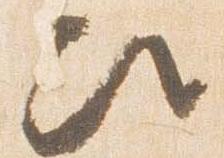
次